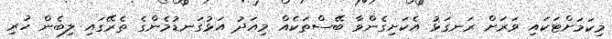
މިކަމަށްޓަކައި ވަރަށް ރަނގަޅު އެކަށިގެންވާ ބޭސްތަކެއް މިއަދު އަޅުގަނޑުމެންގެ ތެރޭގައި ލިބެން ހުރި